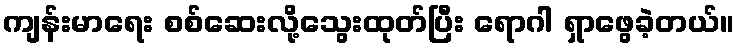
ကျန်းမာရေး စစ်ဆေးလို့သွေးထုတ်ပြီး ရောဂါ ရှာဖွေခဲ့တယ်။